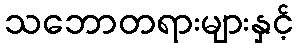
သဘောတရားများနှင့်